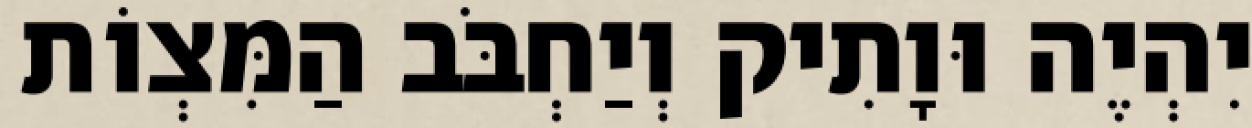
יִהְיֶה וּוָתִיק וְיַחְבֹּב הַמִּצְוֹת